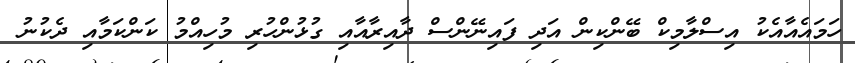
ހަމައެއާއެކު އިސްލާމިކް ބޭންކިން އަދި ފައިނޭންސް ދާއިރާއާއި ގުޅުންހުރި މުހިއްމު ކަންކަމާއި ދެކުނު